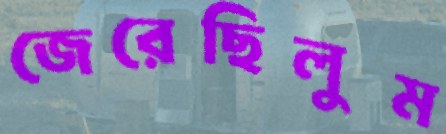
জেরেছিলুম